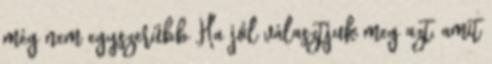
még nem egyszerűbb Ha jól választjuk meg azt, amit